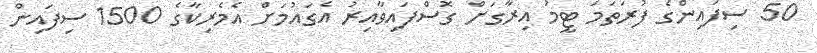
50 ސިފައިންގެ ފުރަތަމަ ޓީމު އިރާގަށް ގޮސްފައިވާއިރު އެގައުމަށް އެމެރިކާގެ 1500 ސިފައިން